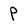
Character: P